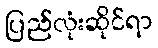
ပြည်လုံးဆိုင်ရာ